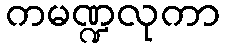
ကမဏ္ဍလုကာ